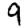
Digit: 9